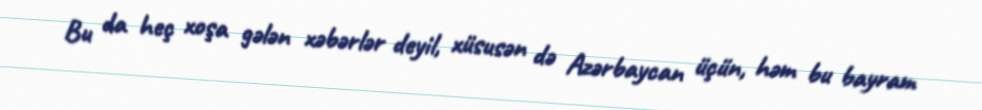
Bu da heç xoşa gələn xəbərlər deyil, xüsusən də Azərbaycan üçün, həm bu bayram